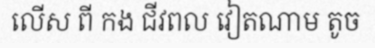
លើស ពី កង ជីវពល វៀតណាម តូច